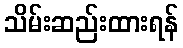
သိမ်းဆည်းထားရန်